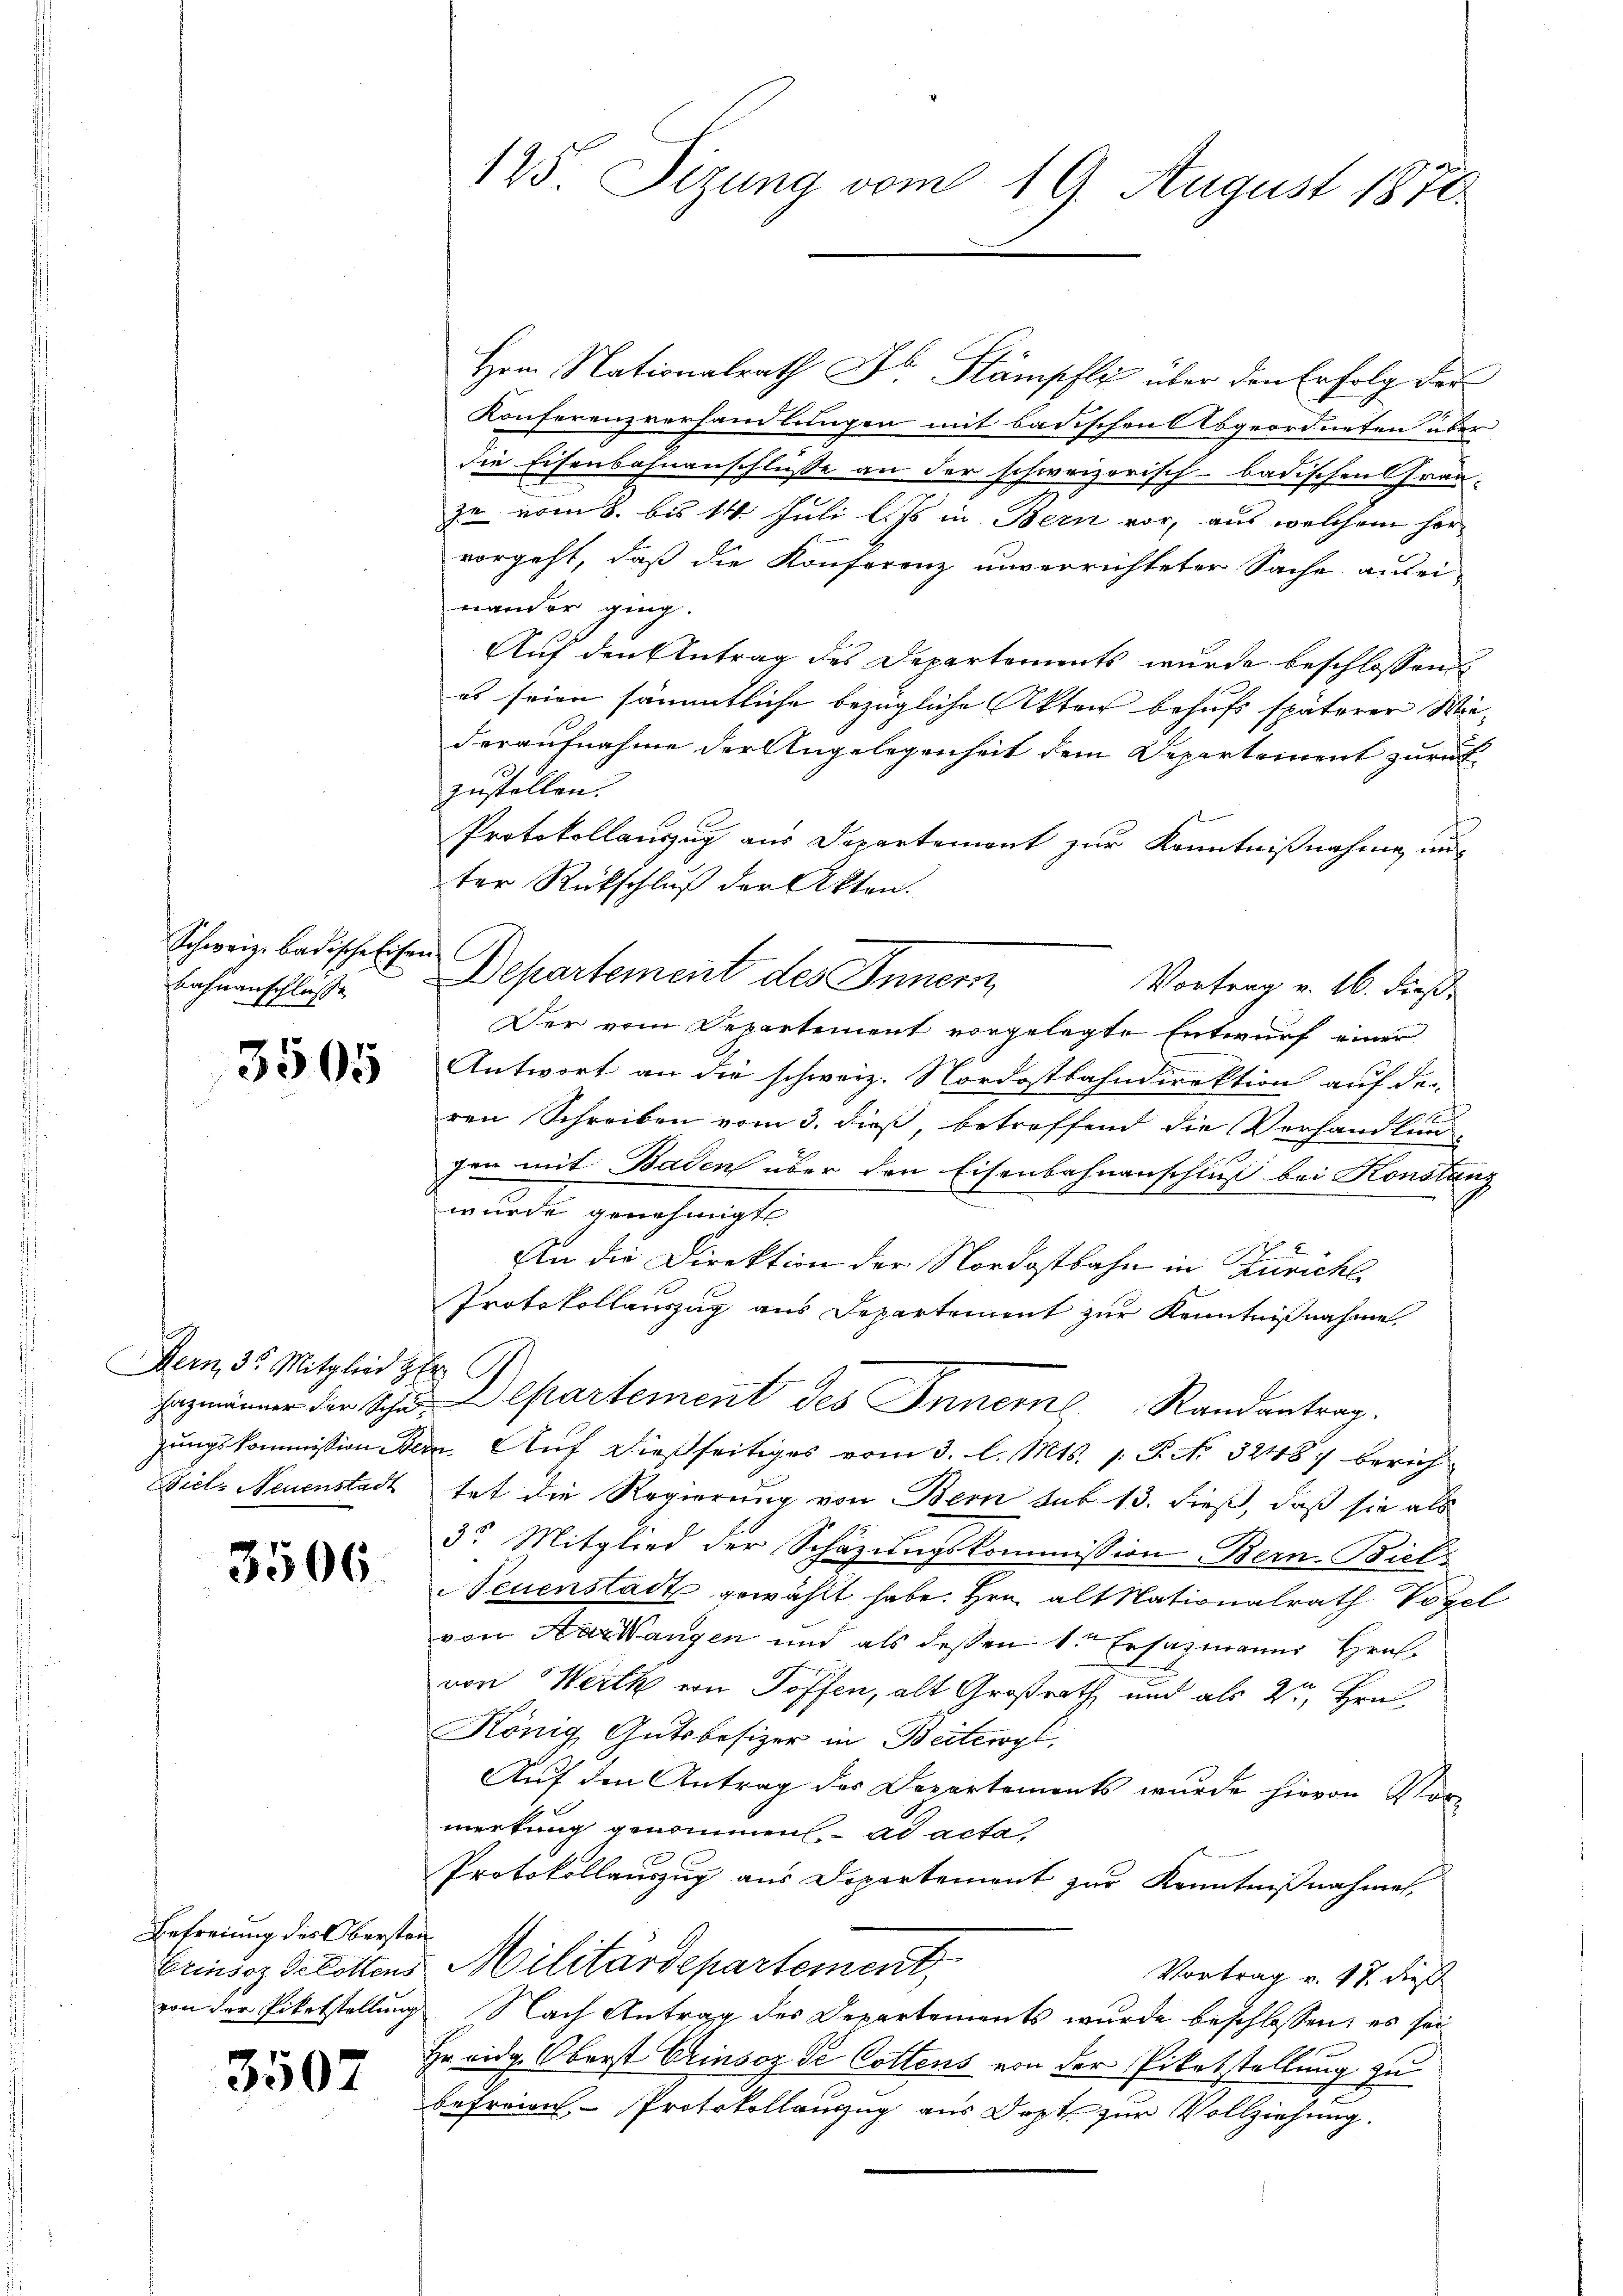
Schweiz badische Eisen
Bahnanschlusse

3505

Bern, 3. Mitglied Her
Biel, Neuenstadt

3506.

Befreiung des Obersten¬
Grinsez de lottens

3507

125. Sizung vom 19. August 1870

Herrn Nationalrath Dr. Stämpfly über den Erfolg der
Konferenzverhandlungen mit badischen Abgeordneten über
die Eisenbahnanschlüsse an der schweizerisch-badischen Grau-
ze vom 8. bis 14 Juli l. Js in Bern vor, aus welchem her-
vorgeht, daß die Konferenz unverrichteter Sache ausei-
nander ging.
Auf den Antrag des Departements wurde beschlossen
es seien sämmtliche bezügliche Akten behufs späterer Wiederaufnahme der Angelegenheit dem Departement zurükzustellen.
Protokollauszug aus Departemont zur Kenntnißnahme anter Rückschluß der Akten.
Departement des Innern,
Vortrag v. 16. dieß.
Der vom Departement vorgelegte Entwurf einer
Antwort an die schweiz. Nordostbahndirektion auf den
ren Schreiben vom 3. dieß, betreffend die Verhandlungen mit Baden über den Eisenbahnanschluß bei Konstanz
enlunde genehmigt.
An die Direktion der Nordostbahn in Züricht
Protokollauszug aus Departement zur Kenntnißnahme.
hazmänner der Schu-Departement des Innern Randantrag.
zungskommission Bern. Auf dießseitiges vom 3. l. Mts. 1. P. No 3248. berichtet die Regierung von Bern sub 13. dieß, daß sie als
3. Mitglied der Schäzŭngskommission Bern-Biel,
Neuenstadt gewählt habe. Hrn. alt Nationalrath Vogel
von Aargangen und als dessen 1. Ersatzmanns Hrn
von Werth von Toffen, alt Großrath und als 2ten Hrn
König Gutsbesizer in Beitewyl,
Auf den Antrag des Departements wurde hievon Vor-
merkung genommen ad acta,
Protokollauszug aus Departement zur Kenntnißnahmen,
Militärdepartement,
Vortrag v. 17. dieß
von der Pilotstellung Nach Antrag des Departements wurde beschlossen; es sei
Hr eidg. Oberst Erinsor de Cottens von der Pikatstellung zu
befreien, - Protokollanzug aus Dopt zur Vollziehung.